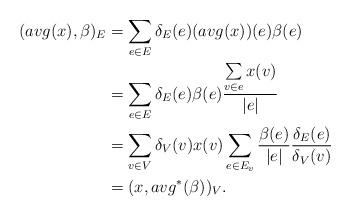
LaTeX: \begin{align*} (avg(x),\beta)_E &=\sum\limits_{e\in E}\delta_E(e)(avg(x))(e)\beta(e)\\ &=\sum\limits_{e\in E}\delta_E(e)\beta(e)\frac{\sum\limits_{v\in e}x(v)}{|e|}\\ &=\sum\limits_{v\in V}\delta_V(v)x(v)\sum\limits_{e\in E_v}\frac{\beta(e)}{|e|}\frac{\delta_E(e)}{\delta_V(v)}\\ &=(x,avg^*(\beta))_V.\end{align*}